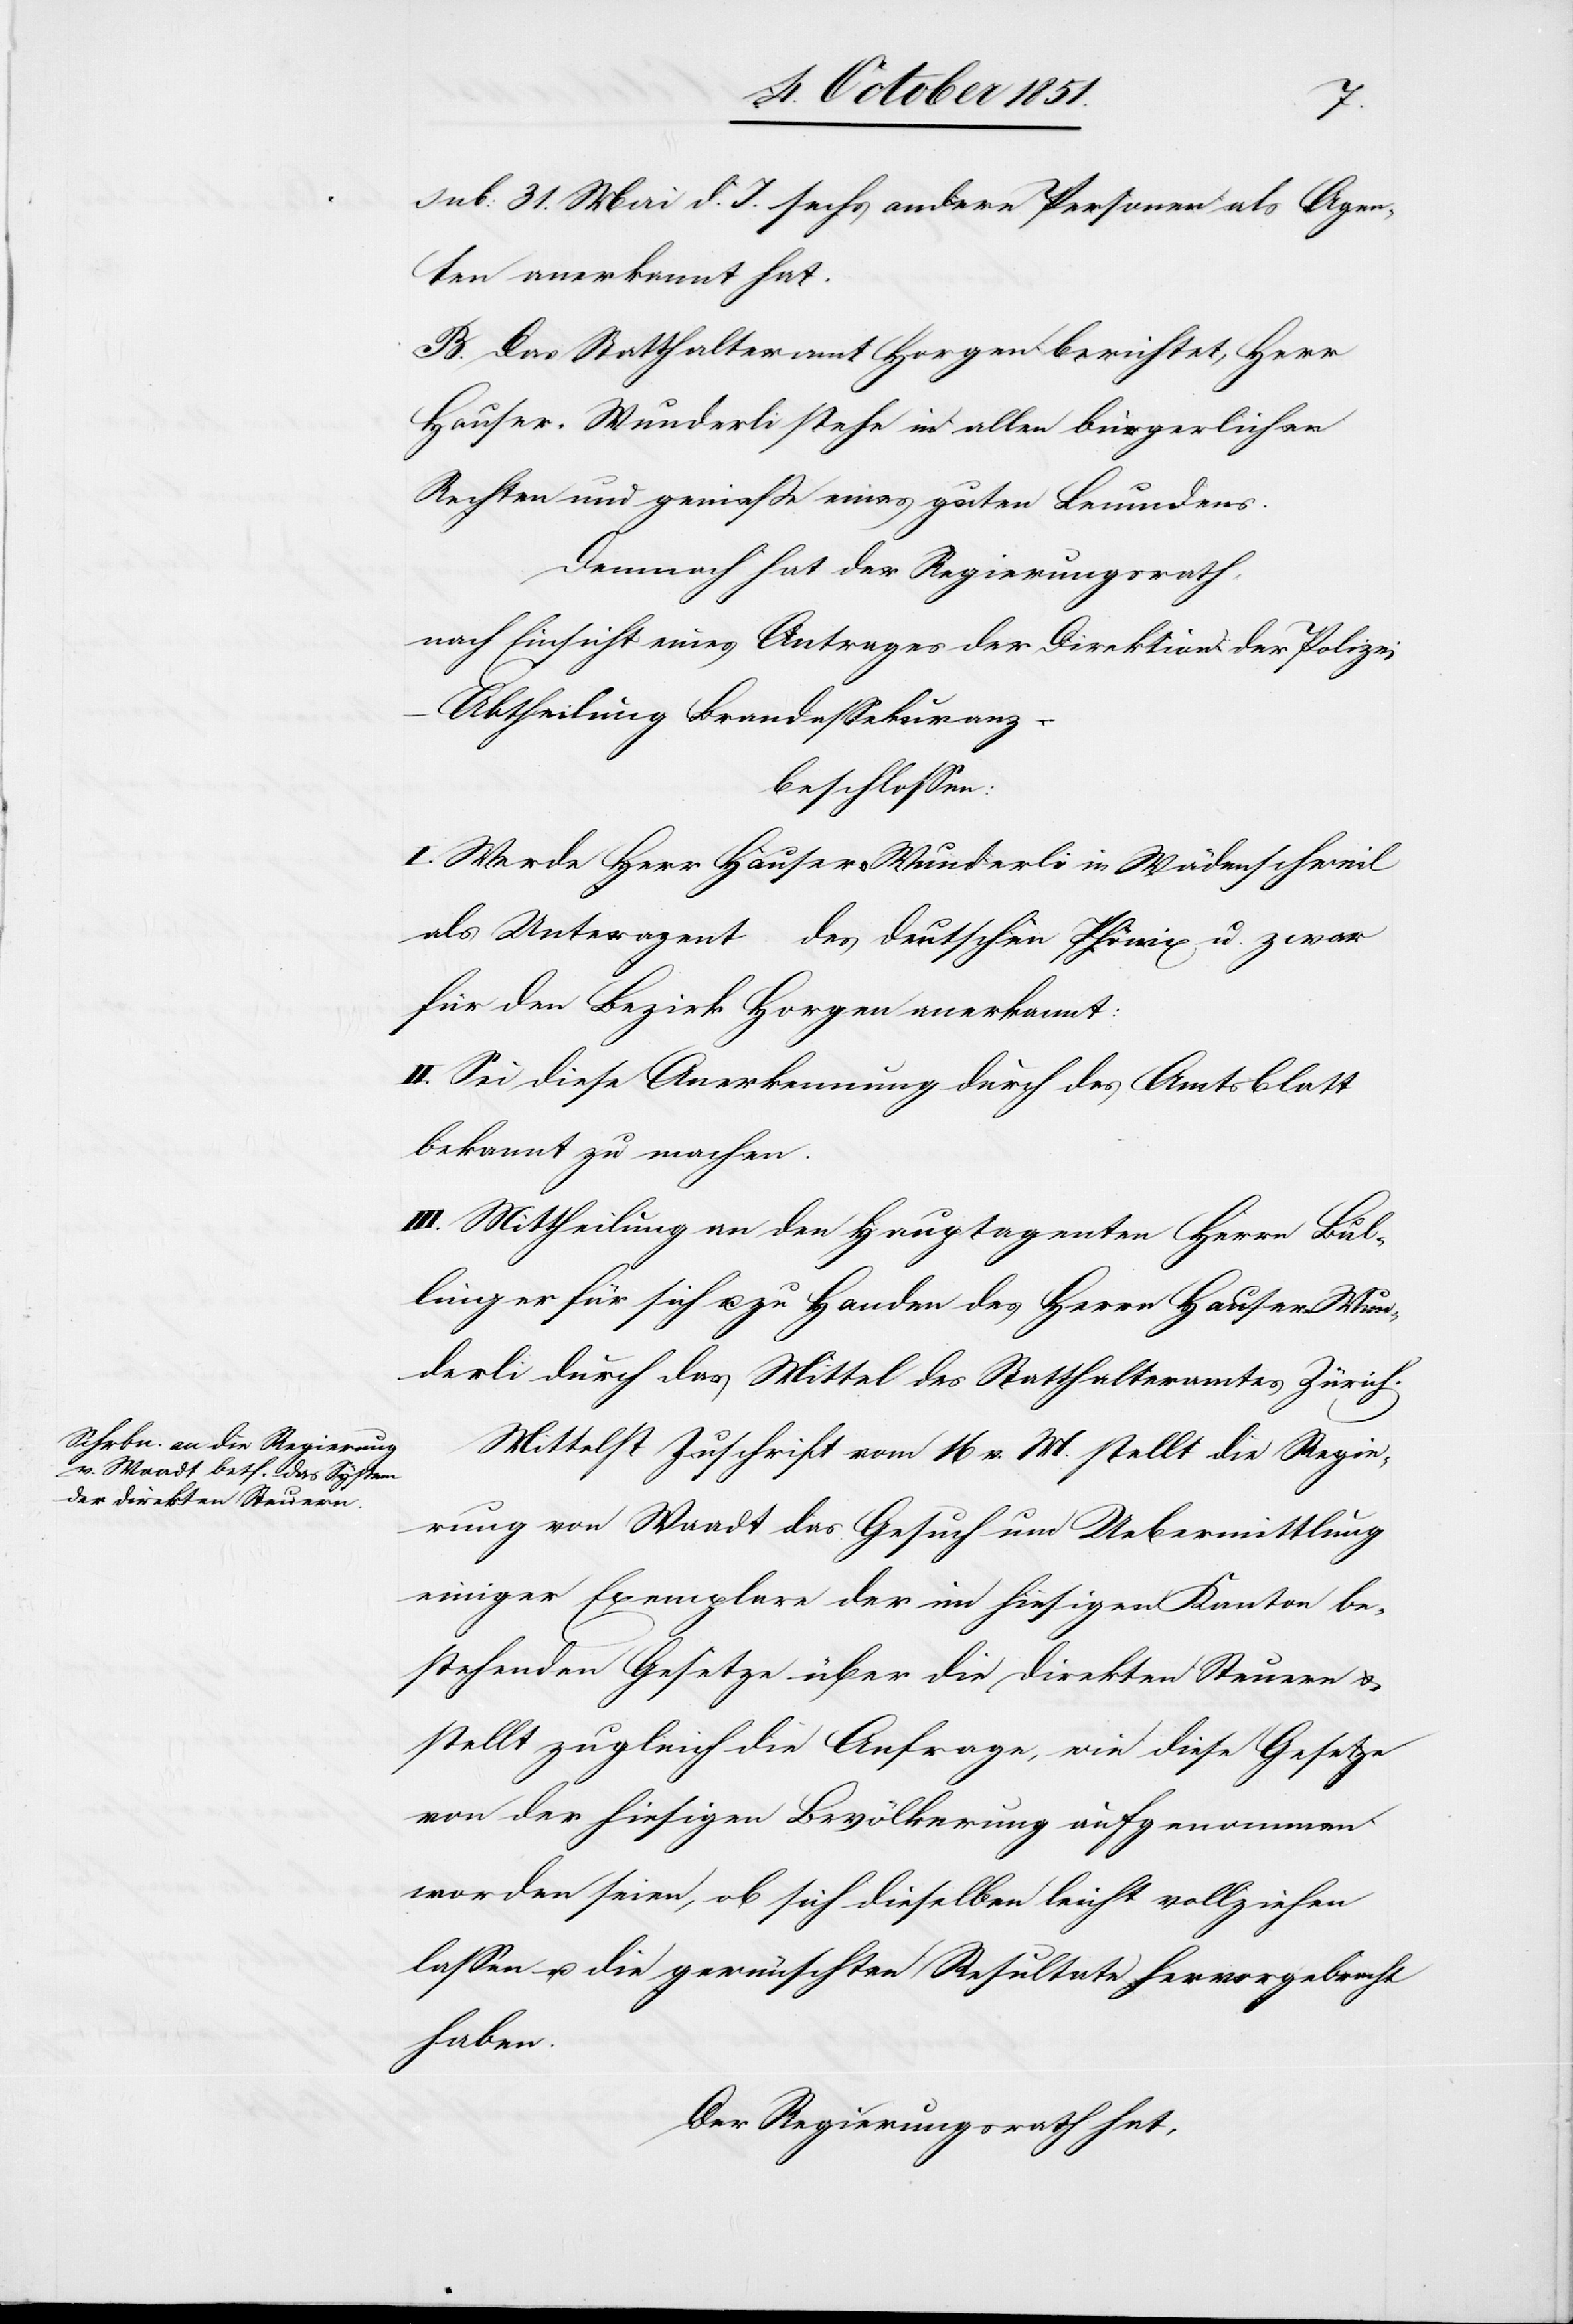
sub: 31. Mai d. J. sechs andere Personen als Agen¬
ten anerkannt hat.
B. Das Statthalteramt Horgen berichtet, Herr
Hauser-Wunderli stehe in allen bürgerlichen
Rechten und genieße eines guten Leumdens.
Demnach hat der Regierungsrath,
nach Einsicht eines Antrages der Direktion der Polizei
Abtheilung Brandassekuranz
beschlossen:
I. Werde Herr Hauser-Wunderli in Wädenschweil
als Unteragent des deutschen Phönix u. zwar
für den Bezirk Horgen anerkannt:
II. Sei diese Anerkennung durch das Amtsblatt
bekannt zu machen.
III. Mittheilung an den Hauptagenten Herr Bul¬
linger für sich u. zu Handen des Herrn Hauser-Wun¬
derli durch das Mittel des Statthalteramtes Zürich.
Mittelst Zuschrift vom 16 v. M. stellt die Regie¬
rung von Waadt das Gesuch um Uebermittlung
einiger Exemplare der im hiesigen Kanton be¬
stehenden Gesetze über die direkten Steuern &
stellt zugleich die Anfrage, wie diese Gesetze
von der hiesigen Bevölkerung aufgenommen
worden seien, ob sich dieselben leicht vollziehen
lassen u. die gewünschten Resultate hervorgebracht
haben.
Der Regierungsrath hat,